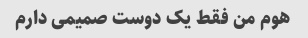
هوم من فقط یک دوست صمیمی دارم